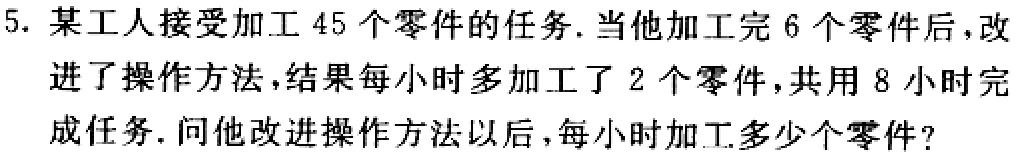
5. 某工人接受加工 45 个零件的任务. 当他加工完 6 个零件后，改进了操作方法，结果每小时多加工了 2 个零件，共用 8 小时完成任务. 问他改进操作方法以后，每小时加工多少个零件?